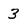
Character: 3